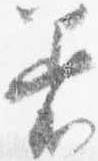
着